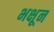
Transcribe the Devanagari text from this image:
भक्षून